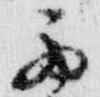
西